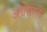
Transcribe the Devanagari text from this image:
अग्रेसरत्व